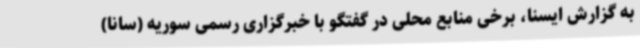
به گزارش ایسنا، برخی منابع محلی در گفتگو با خبرگزاری رسمی سوریه (سانا)